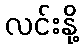
လင်းနို့